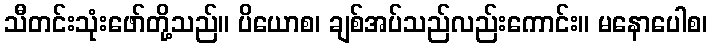
သီတင်းသုံးဖော်တို့သည်။ ပိယောစ၊ ချစ်အပ်သည်လည်းကောင်း။ မနောပေါစ၊